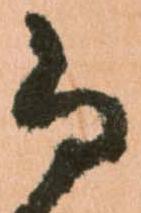
尚